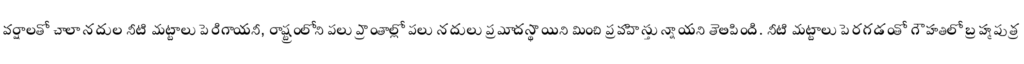
వర్షాలతో చాలా నదుల నీటి మట్టాలు పెరిగాయనీ, రాష్ట్రంలోని పలు ప్రాంతాల్లో పలు నదులు ప్రమాదస్థాయిని మించి ప్రవహిస్తున్నాయని తెలిపింది. నీటి మట్టాలు పెరగడంతో గౌహతిలో బ్రహ్మపుత్ర